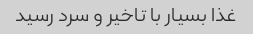
غذا بسیار با تاخیر و سرد رسید